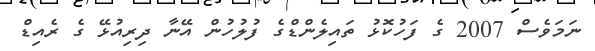
ނަމަވެސް 2007 ގެ ފަހުކޮޅު ތައިލެންޑްގެ ފުލުހުން އޭނާ ދިރިއުޅޭ ގެ ރެއިޑް